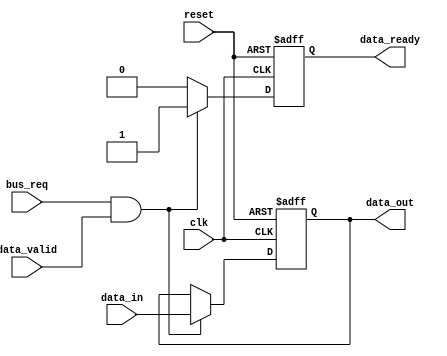
module bus_controller (
    // input ports
    input wire clk, // clock signal
    input wire reset, // reset signal
    input wire bus_req, // bus request signal
    input wire [31:0] data_in, // input data signal
    input wire data_valid, // data valid signal
    
    // output ports
    output reg [31:0] data_out, // output data signal
    output reg data_ready // data ready signal
);

// internal signals
reg [31:0] internal_data_out;
reg internal_data_ready;

// timing control and synchronization logic
always @(posedge clk or posedge reset) begin
    if (reset) begin
        internal_data_out <= 32'h0; // reset output data
        internal_data_ready <= 1'b0; // reset data ready signal
    end else begin
        if (bus_req && data_valid) begin
            internal_data_out <= data_in; // store input data in internal register
            internal_data_ready <= 1'b1; // set data ready signal to indicate data is available
        end else begin
            internal_data_ready <= 1'b0; // reset data ready signal if no bus request or invalid data
        end
    end
end

// assign internal signals to output ports
assign data_out = internal_data_out;
assign data_ready = internal_data_ready;

endmodule